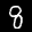
Label: 8